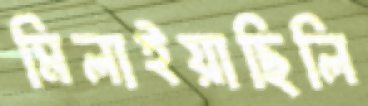
মিলাইয়াছিলি